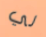
لي